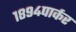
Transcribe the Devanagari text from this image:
१८९४पार्कर